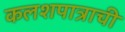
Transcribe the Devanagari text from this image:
कलशपात्राची